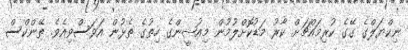
ނިކްޔަލްގެ ގޭގެ ކުރިމައްޗަށް ކާރު މަޑުކޮށްލުމުން މިއުޝީންގެ ހިތުގެ ތެޅުން އަވަސްވިއެވެ. ތޭންކްސް